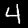
Label: 4